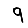
Digit: 9